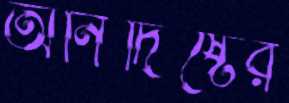
অনির্দিষ্টের